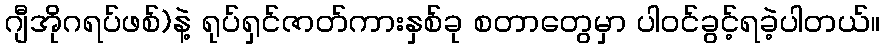
ဂျီအိုဂရပ်ဖစ်)နဲ့ ရုပ်ရှင်ဇာတ်ကားနှစ်ခု စတာတွေမှာ ပါဝင်ခွင့်ရခဲ့ပါတယ်။